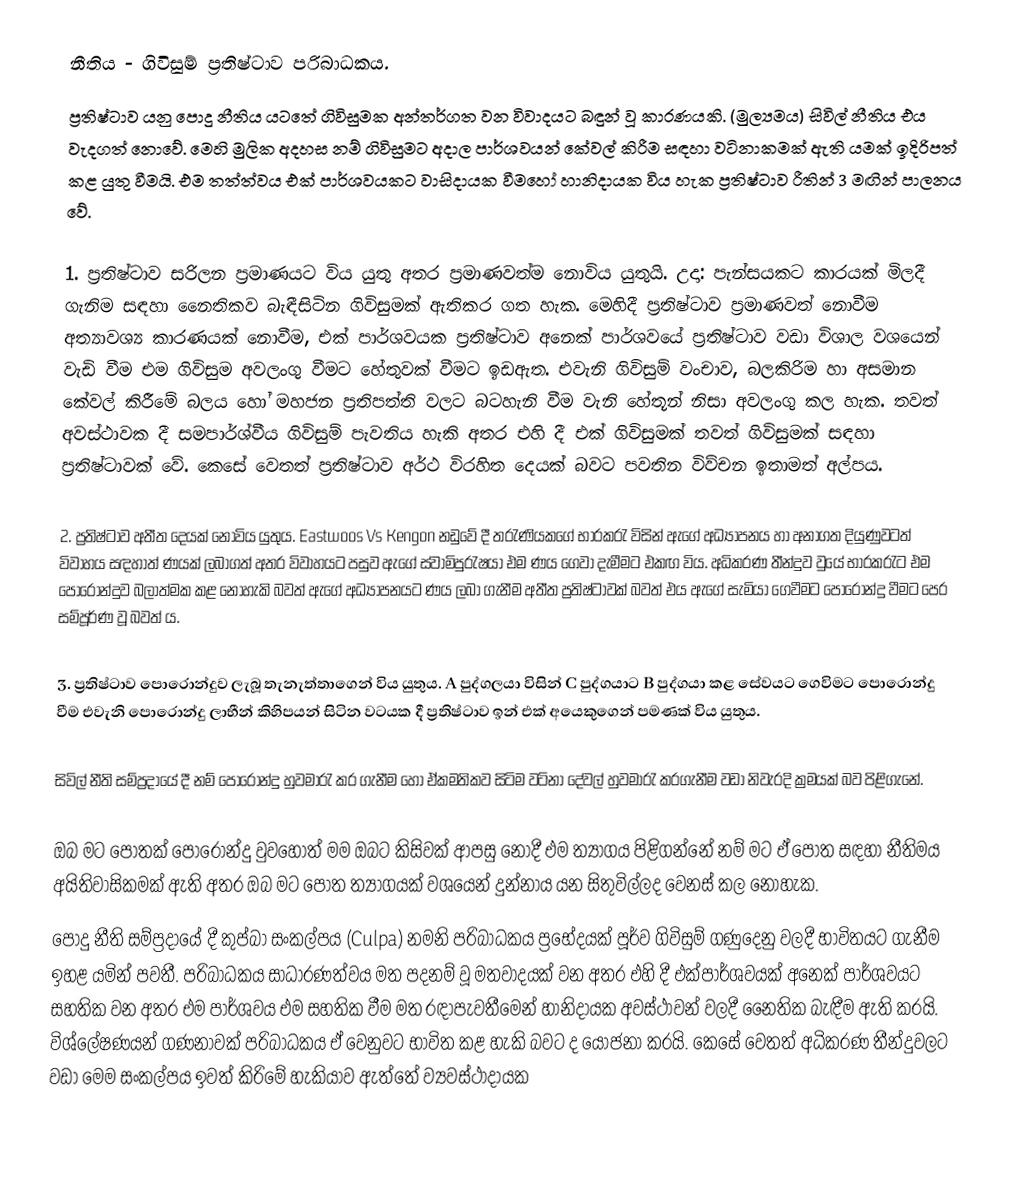
නීතිය - ගිවිසුම් ප්‍රතිෂ්ටාව පරිබාධකය.
ප්‍රතිෂ්ටාව යනු පොදු නීතිය යටතේ ගිවිසුමක අන්තර්ගත වන විවාදයට බඳුන් වූ කාරණයකි. (මුල්‍යමය) සිවිල් නීතිය එය වැදගත් නොවේ. මෙහි මුලික අදහස නම් ගිවිසුමට අදාල පාර්ශවයන් කේවල් කිරීම සඳහා වටිනාකමක් ඇති යමක් ඉදිරිපත් කළ යුතු වීමයි. එම තත්ත්වය එක් පාර්ශවයකට වාසිදායක වීමහෝ හානිදායක විය හැක ප්‍රතිෂ්ටාව රීතින් 3 මඟින් පාලනය වේ.

1.	ප්‍රතිෂ්ටාව සරිලන ප්‍රමාණයට විය යුතු අතර ප්‍රමාණවත්ම නොවිය යුතුයි. උදා: පැන්සයකට කාරයක් මිලදී ගැනිම සඳහා නෛතිකව  බැඳීසිටින ගිවිසුමක් ඇතිකර ගත හැක. මෙහිදී ප්‍රතිෂ්ටාව ප්‍රමාණවත් නොවීම අත්‍යාවශ්‍ය කාරණයක් නොවීම, එක් පාර්ශවයක ප්‍රතිෂ්ටාව අනෙක් පාර්ශවයේ ප්‍රතිෂ්ටාව  වඩා විශාල වශයෙන් වැඩි වීම එම  ගිවිසුම අවලංගු වීමට හේතුවක් වීමට ඉඩඇත. එවැනි ගිවිසුම් වංචාව, බලකිරිම හා අසමාන කේවල් කිරීමේ බලය හෝ මහජන ප්‍රතිපත්ති වලට බටහැනි වීම වැනි හේතූන් නිසා අවලංගු කල හැක. තවත් අවස්ථාවක දී සමපාර්ශ්වීය ගිවිසුම් පැවතිය හැකි අතර එහි දී එක් ගිවිසුමක් තවත් ගිවිසුමක් සඳහා ප්‍රතිෂ්ටාවක් වේ. කෙසේ වෙතත් ප්‍රතිෂ්ටාව අර්ථ විරහිත දෙයක් බවට පවතින විව්චන ඉතාමත් අල්පය.

2.	ප්‍රතිෂ්ටාව අතීත දෙයක් නොවිය යුතුය. Eastwoos Vs Kengon නඩුවේ දී තරැණියකගේ භාරකරැ විසින් ඇගේ අධ්‍යාපනය හා අනාගත දියුණුවටත් විවාහය සඳහාත් ණයක් ලබාගත් අතර විවාහයට පසුව ඇගේ ස්වාමිපුරැෂයා එම ණය ගෙවා දැමීමට එකඟ විය. අධිකරණ තීන්දුව වුයේ භාරකරැට එම පොරොන්දුව බලාත්මක කළ නොහැකි බවත් ඇගේ අධ්‍යාපනයට ණය ලබා ගැනීම අතීත ප්‍රතිෂ්ටාවක් බවත් එය ඇගේ සැමියා ගෙවීමට පොරොන්දු වීමට පෙර සම්පූර්ණ වූ බවත් ය.

3.	ප්‍රතිෂ්ටාව පොරොන්දුව ලැබූ තැනැත්තාගෙන් විය යුතුය. A පුද්ගලයා විසින් C පුද්ගයාට B පුද්ගයා කළ සේවයට ගෙවිමට පොරොන්දු වීම එවැනි පොරොන්දු ලාභීන් කිහිපයන් සිටින වටයක දී ප්‍රතිෂ්ටාව ඉන් එක් අයෙකුගෙන් පමණක් විය යුතුය.

සිවිල් නීති සම්ප්‍රදායේ දී නම් පොරොන්දු හුවමාරැ කර ගැනීම  හෝ ඒකමතිකව සිටිම වටිනා දේවල් හුවමාරැ කරගැනීම වඩා නිවැරදි ක්‍රමයක් බව පිළිගැනේ.

ඔබ ම‍ට පොතක් පොරොන්දු වුවහොත් මම ඔබට කිසිවක් ආපසු නොදී එම ත්‍යාගය පිළිගන්නේ නම් මට ඒ පොත සඳහා නීතිමය අයිතිවාසිකමක් ඇති අතර ඔබ මට පොත ත්‍යාගයක් වශයෙන් දුන්නාය යන සිතුවිල්ලද වෙනස් කල නොහැක.
පොදු නීති සම්ප්‍රදායේ දී කුප්බා සංකල්පය (Culpa) නමනි පරිබාධකය ප්‍රභේදයක් පූර්ව ගිවිසුම් ගණුදෙනු වලදී භාවිතයට ගැනීම ඉහළ යමින් පවතී. පරිබාධකය සාධාරණත්වය මත පදනම් වූ මතවාදයක් වන අතර එහි දී එක්පාර්ශවයක් අනෙක් පාර්ශවයට සහතික වන අතර එම පාර්ශවය  එම සහතික වීම මත රඳාපැවතීමෙන් හානිදායක අවස්ථාවන් වලදී නෛතික බැඳීම ඇති කරයි. විශ්ලේෂණයන් ගණනාවක් පරිබාධකය ඒ වෙනුවට භාවිත කළ හැකි බවට ද යෝජනා කරයි. කෙසේ වෙතත් අධිකරණ තීන්දුවලට වඩා මෙම සංකල්පය ඉවත් කිරිමේ හැකියාව  ඇත්තේ ව්‍යවස්ථාදායක